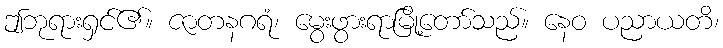
ဤဘုရားရှင်၏။ ဇာတနဂရံ၊ မွေးဖွားရာမြို့တော်သည်။ နေဝ ပညာယတိ၊